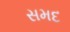
સમદ